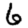
Digit: 6